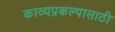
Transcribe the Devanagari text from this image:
काव्यप्रकल्पासाठी